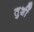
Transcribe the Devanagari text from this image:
तुशीं